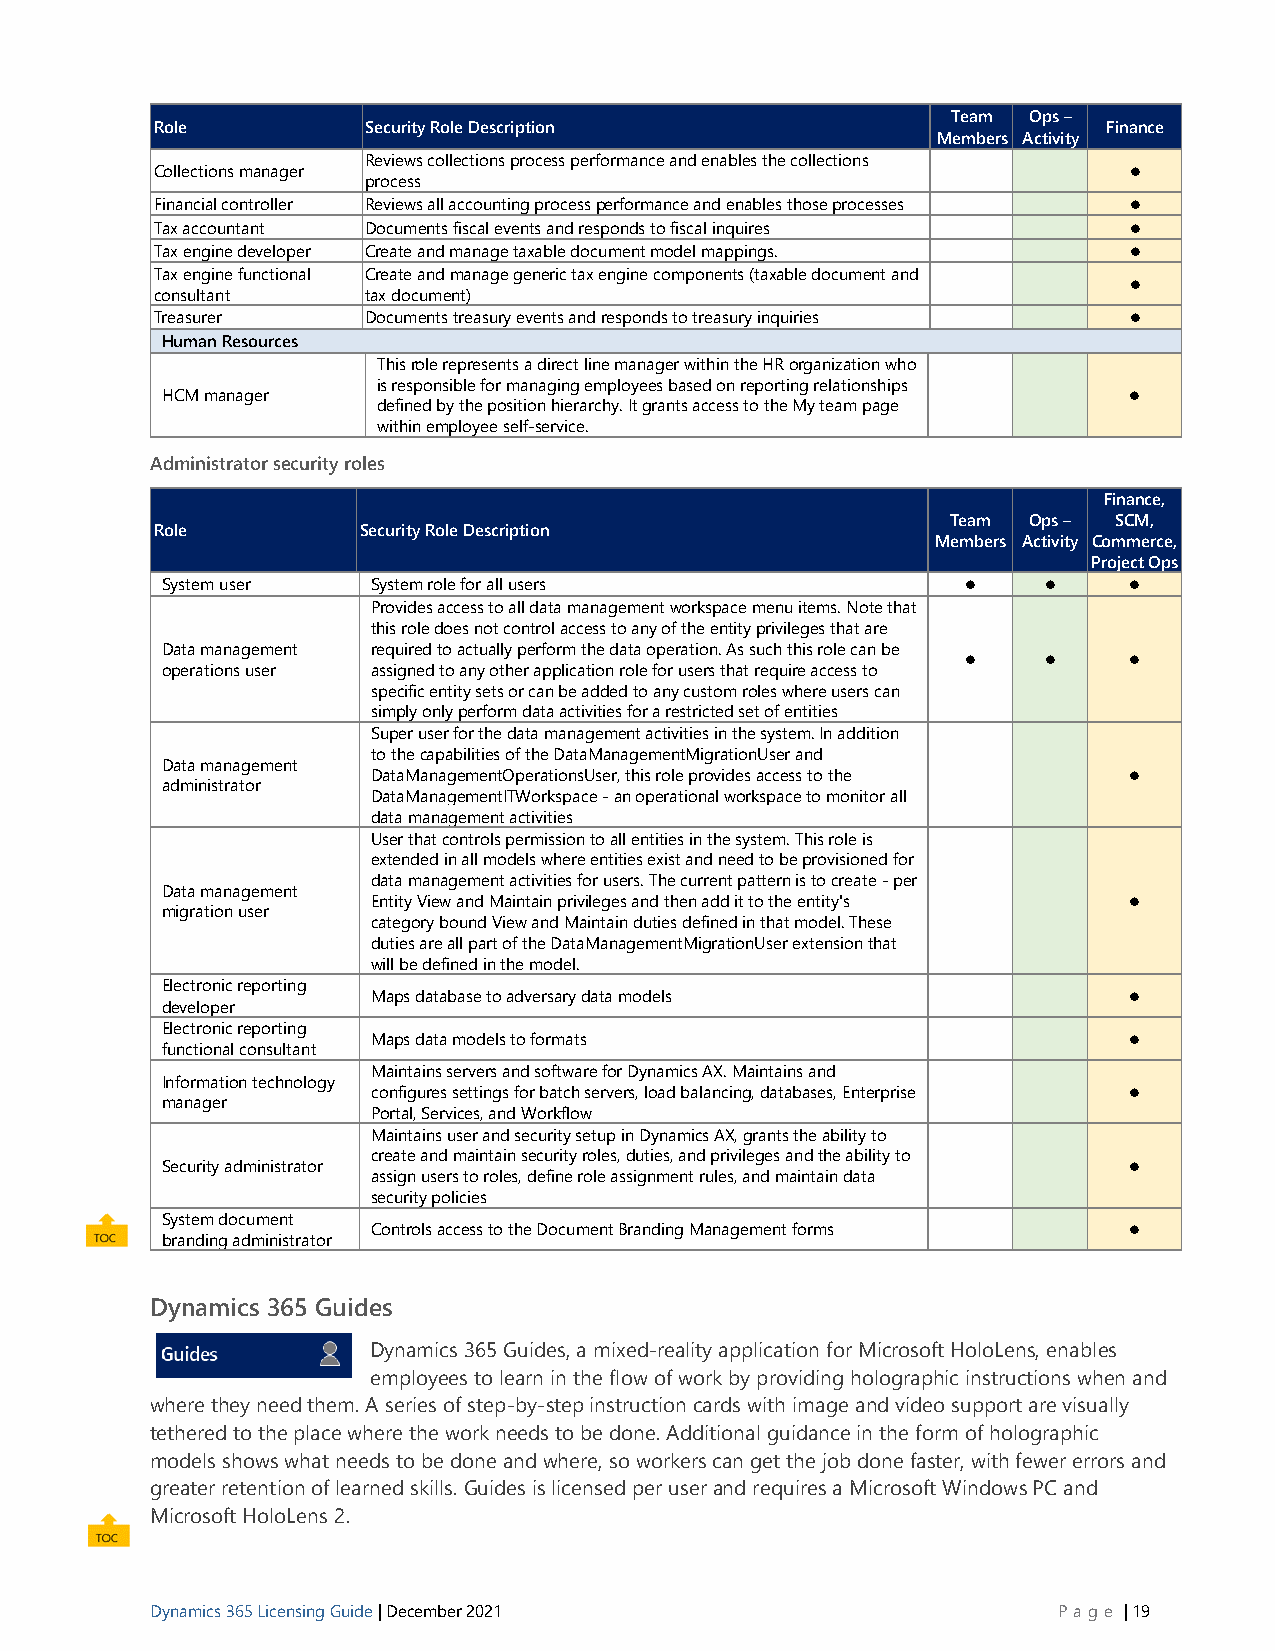
Team Ops –
 Role          Security Role Description                        Finance
 Members Activity
 Reviews collections process performance and enables the collections
 Collections manager                                              ⚫
 process
 Financial controller Reviews all accounting process performance and enables those processes ⚫
 Tax accountant Documents fiscal events and responds to fiscal inquires ⚫
 Tax engine developer Create and manage taxable document model mappings. ⚫
 Tax engine functional Create and manage generic tax engine components (taxable document and
 ⚫
 consultant    tax document)
 Treasurer     Documents treasury events and responds to treasury inquiries ⚫
 Human Resources
 This role represents a direct line manager within the HR organization who
 is responsible for managing employees based on reporting relationships
 HCM manager                                                     ⚫
 defined by the position hierarchy. It grants access to the My team page
 within employee self-service.
 Administrator security roles
 Finance,
 Team Ops – SCM,
 Role          Security Role Description
 Members Activity Commerce,
 Project Ops
 System user   System role for all users              ⚫    ⚫     ⚫
 Provides access to all data management workspace menu items. Note that
 this role does not control access to any of the entity privileges that are
 Data management required to actually perform the data operation. As such this role can be
 ⚫    ⚫     ⚫
 operations user assigned to any other application role for users that require access to
 specific entity sets or can be added to any custom roles where users can
 simply only perform data activities for a restricted set of entities
 Super user for the data management activities in the system. In addition
 to the capabilities of the DataManagementMigrationUser and
 Data management
 DataManagementOperationsUser, this role provides access to the ⚫
 administrator
 DataManagementITWorkspace - an operational workspace to monitor all
 data management activities
 User that controls permission to all entities in the system. This role is
 extended in all models where entities exist and need to be provisioned for
 data management activities for users. The current pattern is to create - per
 Data management
 Entity View and Maintain privileges and then add it to the entity's ⚫
 migration user
 category bound View and Maintain duties defined in that model. These
 duties are all part of the DataManagementMigrationUser extension that
 will be defined in the model.
 Electronic reporting
 Maps database to adversary data models            ⚫
 developer
 Electronic reporting
 Maps data models to formats                       ⚫
 functional consultant
 Maintains servers and software for Dynamics AX. Maintains and
 Information technology
 configures settings for batch servers, load balancing, databases, Enterprise ⚫
 manager
 Portal, Services, and Workflow
 Maintains user and security setup in Dynamics AX, grants the ability to
 create and maintain security roles, duties, and privileges and the ability to
 Security administrator                                          ⚫
 assign users to roles, define role assignment rules, and maintain data
 security policies
 System document
 Controls access to the Document Branding Management forms ⚫
 branding administrator
 Dynamics 365 Guides
 Dynamics 365 Guides, a mixed-reality application for Microsoft HoloLens, enables
 employees to learn in the flow of work by providing holographic instructions when and
 where they need them. A series of step-by-step instruction cards with image and video support are visually
 tethered to the place where the work needs to be done. Additional guidance in the form of holographic
 models shows what needs to be done and where, so workers can get the job done faster, with fewer errors and
 greater retention of learned skills. Guides is licensed per user and requires a Microsoft Windows PC and
 Microsoft HoloLens 2.
 Dynamics 365 Licensing Guide | December 2021                P age | 19